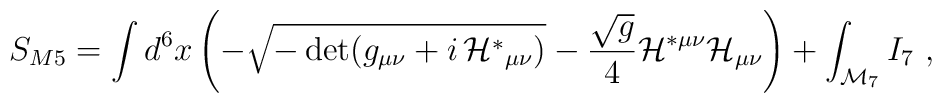
S_{M5}=\int d^6 x \left(- \sqrt{-\det (g_{\mu\nu}+i\,  {\cal H}^*{}_{\mu\nu})}-\frac{\sqrt{g}}4 {\cal H}^{*\mu\nu}{\cal H}_{\mu\nu} \right)+\int_{{\cal M}_7} I_7\ ,